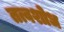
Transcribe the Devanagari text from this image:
तत्वशोध